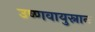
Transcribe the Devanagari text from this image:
उष्णवायुस्नान